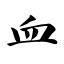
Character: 血